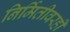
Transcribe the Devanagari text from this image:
निर्मितीवरही